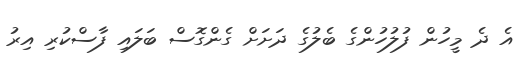
އެ ދެ މީހުން ފުލުހުންގެ ބެލުގެ ދަށަށް ގެންގޮސް ބަލައި ފާސްކުރި އިރު